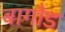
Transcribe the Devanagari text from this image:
बागौड